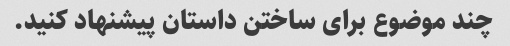
چند موضوع برای ساختن داستان پیشنهاد کنید.